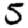
Digit: 5